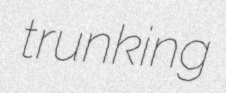
trunking